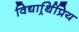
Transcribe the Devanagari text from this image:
विद्यार्र्थिप्रिय